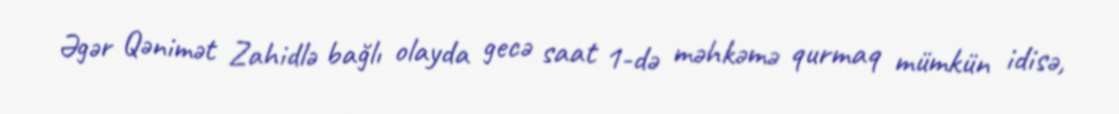
Əgər Qənimət Zahidlə bağlı olayda gecə saat 1-də məhkəmə qurmaq mümkün idisə,